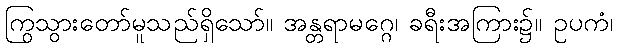
ကြွသွားတော်မူသည်ရှိသော်။ အန္တရာမဂ္ဂေ၊ ခရီးအကြား၌။ ဥပကံ၊